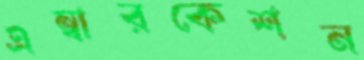
এম্বারকেশন